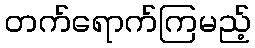
တက်ရောက်ကြမည့်